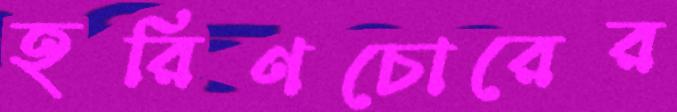
হরিণচোরের